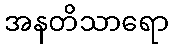
အနတိသာရော